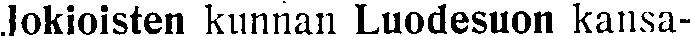
Jokioisten kunnan Luodesuon kansa-